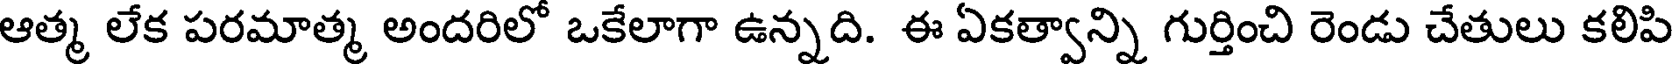
ఆత్మ లేక పరమాత్మ అందరిలో ఒకేలాగా ఉన్నది. ఈ ఏకత్వాన్ని గుర్తించి రెండు చేతులు కలిపి